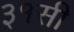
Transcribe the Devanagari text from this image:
३१सी